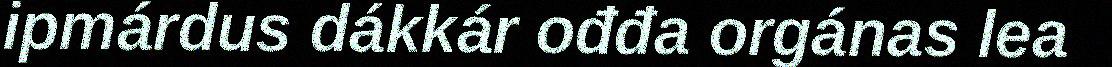
ipmárdus dákkár ođđa orgánas lea